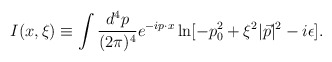
\begin{align*}I(x,\xi)\equiv\int\frac{d^{4}p}{(2\pi)^4}e^{-ip\cdot x}\ln[-p_{0}^{2}+\xi^{2}|\vec{p}|^2-i\epsilon].\end{align*}